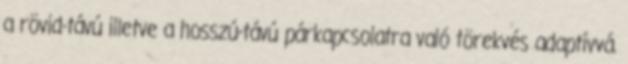
a rövid-távú illetve a hosszú-távú párkapcsolatra való törekvés adaptívvá.